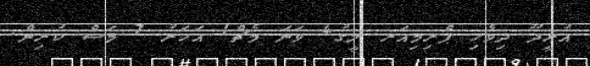
އުރީދޫ ދިވެހި ޕްރިމިއަރ ލީގު4 ވަނަ މެޗް1 އަހަރު 7 މަސް ކުރިން.